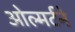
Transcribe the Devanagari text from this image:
ओल्मर्टने